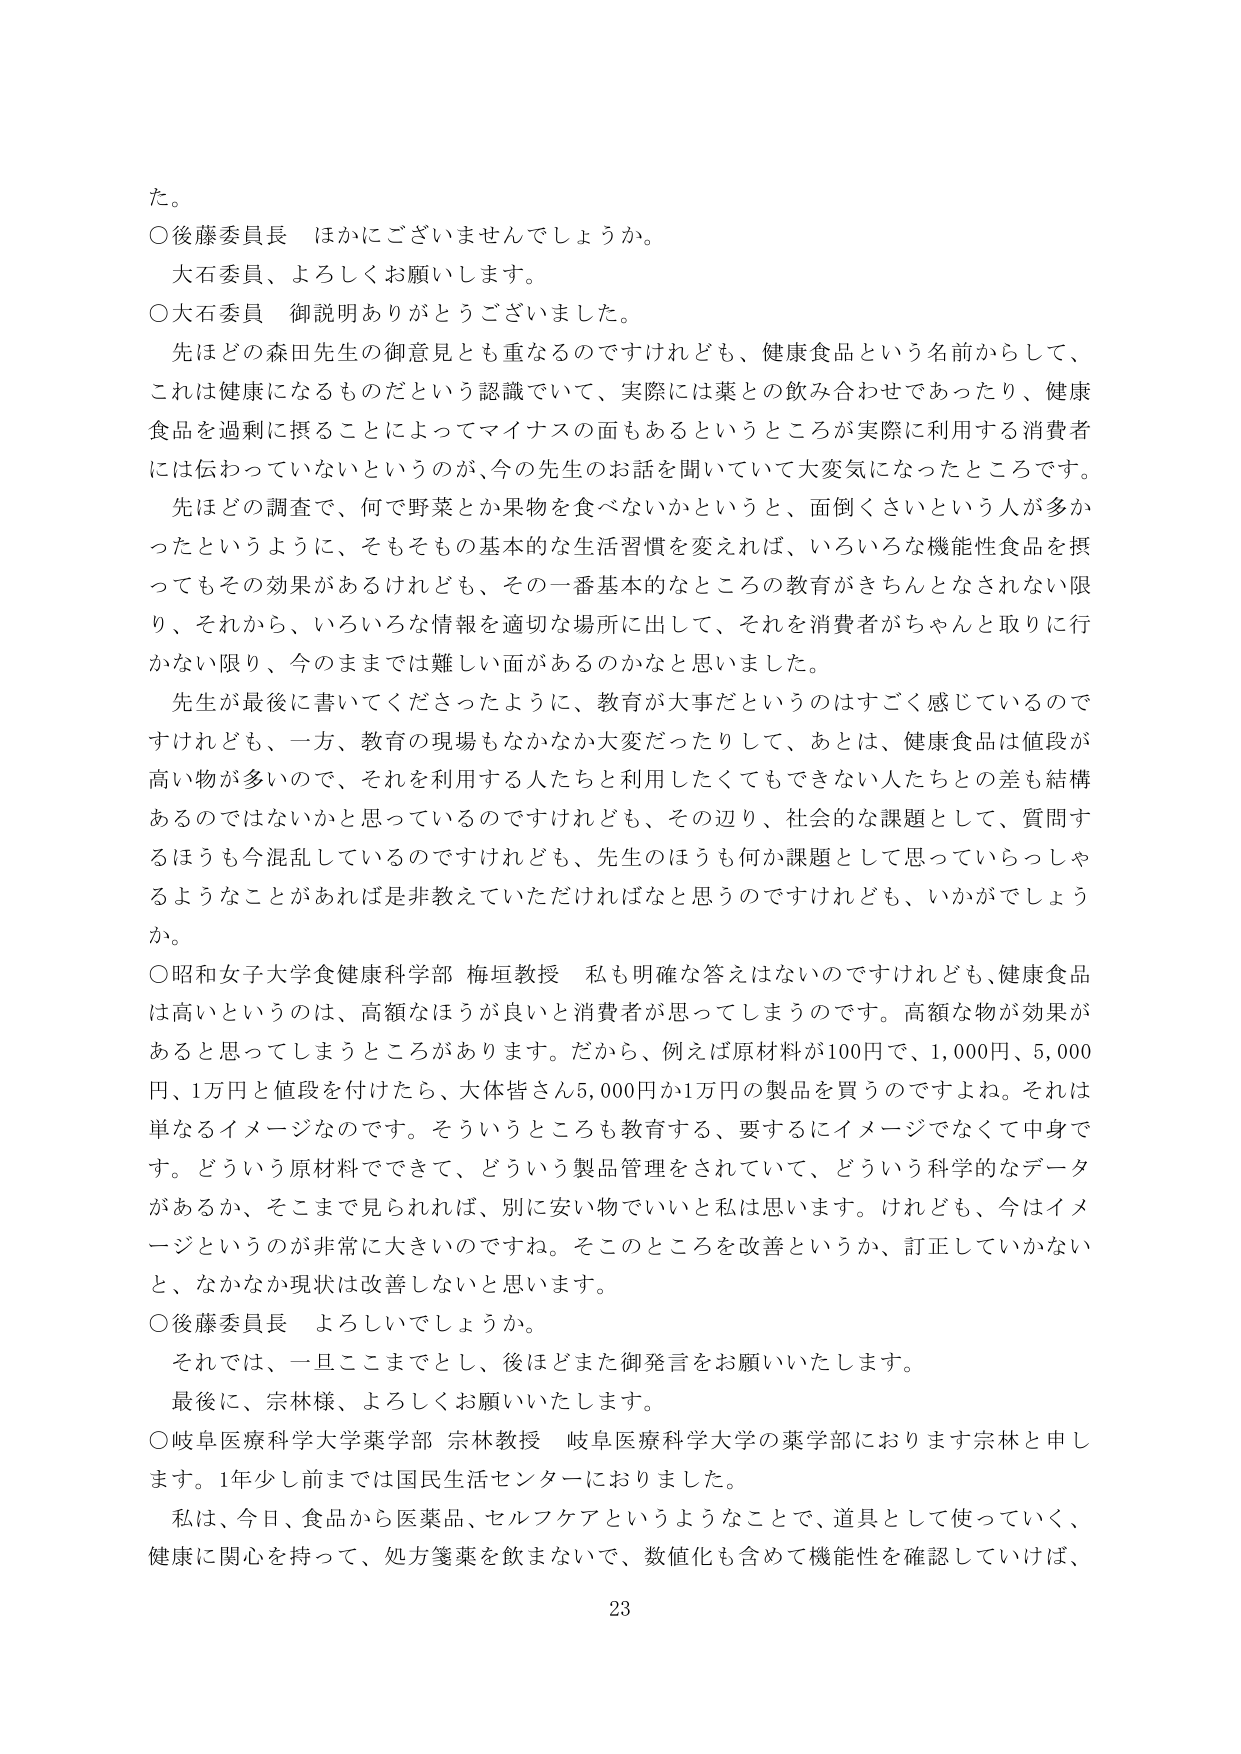
た。

○後藤委員長　ほかにございませんでしょうか。
　大石委員、よろしくお願いします。

○大石委員　御説明ありがとうございました。
　先ほどの森田先生の御意見とも重なるのですけれども、健康食品という名前からして、
これは健康になるものだという認識でいて、実際には薬との飲み合わせであったり、健康
食品を過剰に摂ることによってマイナスの面もあるというところが実際に利用する消費者
には伝わっていないというのが、今の先生のお話を聞いていて大変気になったところです。
　先ほどの調査で、何で野菜とか果物を食べないかというと、面倒くさいという人が多か
ったというように、そもそも基本的な生活習慣を変えれば、いろいろな機能性食品を摂
ってもその効果があるけれども、その一番基本的なところの教育がきちんとされない限
り、それから、いろいろな情報を適切な場所に出して、それを消費者がちゃんと取りに行
かない限り、今のままでは難しい面があるのかなと思いました。
　先生が最後に書いてくださったように、教育が大事だというのはすごく感じているので
すけれども、一方、教育の現場もなかなか大変だったりして、あとは、健康食品は値段が
高い物が多いので、それを利用する人たちと利用したくてもできない人たちとの差も結構
あるのではないかなと思っているのですけれども、その辺り、社会的な課題として、質問す
るほうも今混乱しているのですけれども、先生のほうも何か課題として思っていらっしゃ
るようなことがあれば是非教えていただければなと思うのですけれども、いかがでしょう
か。

○昭和女子大学食健康科学部 梅垣教授　私も明確な答えはないのですけれども、健康食品
は高いというのは、高額なほうが良いと消費者が思ってしまうのです。高額な物が効果が
あると思ってしまうところがあります。だから、例えば原材料が100円で、1,000円、5,000
円、1万円と値段を付けたら、大体皆さん5,000円か1万円の製品を買うのですよね。それは
単なるイメージなのです。そういうところも教育する、要するにイメージでなくて中身で
す。どういう原材料でできて、どういう製品管理をされていて、どういう科学的なデータ
があるか、そこまで見られれば、別に安い物でいいと私は思います。けれども、今はイメ
ージというのが非常に大きいのですね。そこのところを改善というか、訂正していかない
と、なかなか現状は改善しないと思います。

○後藤委員長　よろしいでしょうか。
　それでは、一旦ここまでとし、後ほどまた御発言をお願いいたします。
　最後に、宗林様、よろしくお願いいたします。

○岐阜医療科学大学薬学部 宗林教授　岐阜医療科学大学の薬学部におります宗林と申し
ます。1年少し前までは国民生活センターにおりました。
　私は、今日、食品から医薬品、セルフケアというようなことで、道具として使っていく、
健康に関心を持って、処方箋薬を飲まないで、数値化も含めて機能性を確認していけば、

23